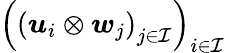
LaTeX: \left(\left(\boldsymbol{u}_{i}\otimes\boldsymbol{w}_{j}\right)_{j\in\mathcal{I}}\right)_{i\in\mathcal{I}}